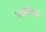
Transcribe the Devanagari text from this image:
आसंधियों